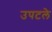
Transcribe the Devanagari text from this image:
उपटले